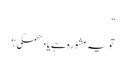
”
تو یہ مشورہ ہے یا دھمکی؟